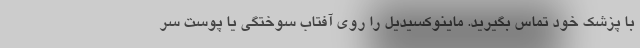
با پزشک خود تماس بگیرید. ماینوکسیدیل را روی آفتاب سوختگی یا پوست سر